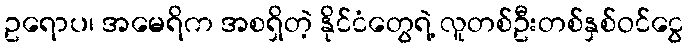
ဥရောပ၊ အမေရိက အစရှိတဲ့ နိုင်ငံတွေရဲ့ လူတစ်ဦးတစ်နှစ်ဝင်ငွေ